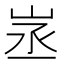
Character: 𡶽